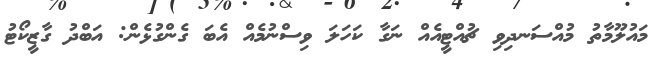
މައުލޫމާތު މުއްސަނދިވި ޗުއްޓީއެއް ނަގާ ކަހަލަ ވިސްނުމެއް އެބަ ގެންގުޅެން: އަބްދު ގާޒީކޯޓު